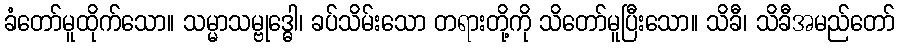
ခံတော်မူထိုက်သော။ သမ္မာသမ္ဗုဒ္ဓေါ၊ ခပ်သိမ်းသော တရားတို့ကို သိတော်မူပြီးသော။ သိခီ၊ သိခီအမည်တော်